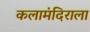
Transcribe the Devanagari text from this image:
कलामंदिराला